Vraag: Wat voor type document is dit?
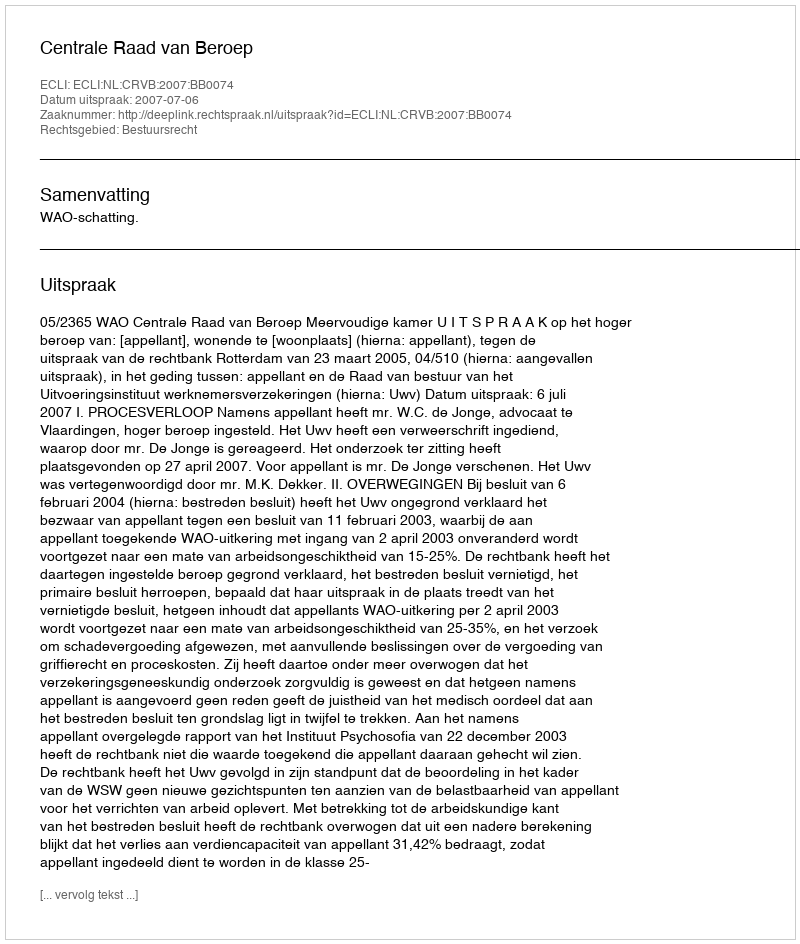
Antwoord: Uitspraak